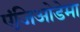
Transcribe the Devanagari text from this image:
एंजिओडेमा